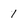
Character: 1